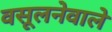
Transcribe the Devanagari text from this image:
वसूलनेवाले